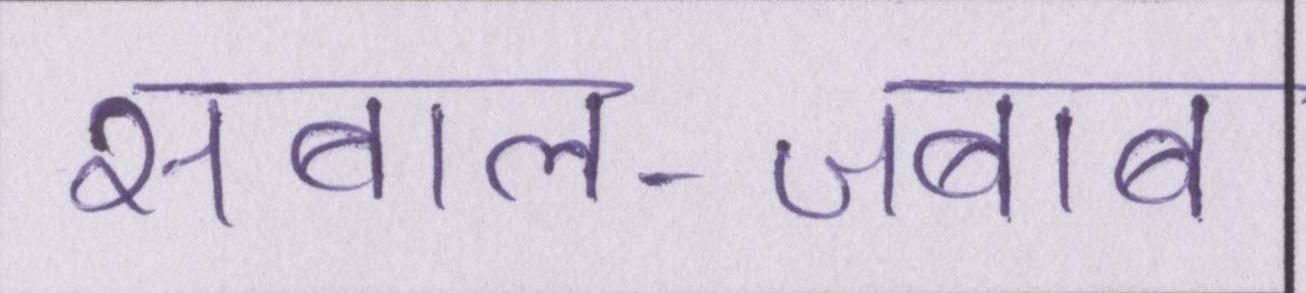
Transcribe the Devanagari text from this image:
सवाल-जवाब